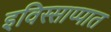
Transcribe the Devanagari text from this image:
इविस्साप्पात